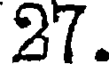
27.